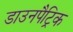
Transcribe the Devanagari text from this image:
डाउनपैट्रिक